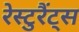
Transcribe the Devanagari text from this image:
रेस्टुरैंट्स